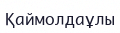
Қаймолдаұлы